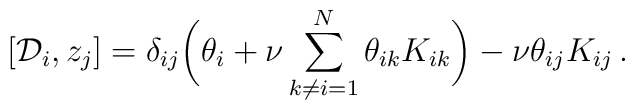
\left [  {\cal D}_i, z_j \right ] =\delta_{ij}\biggl (\theta_i + \nu \sum_{k\ne i =1}^N \theta_{ik}K_{ik}\biggr ) -\nu \theta_{ij} K_{ij} \,.